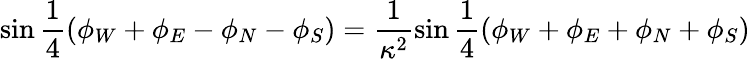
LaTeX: \sin{\frac{1}{4}(\phi_{W}+\phi_{E}-\phi_{N}-\phi_{S})}=\frac{1}{\kappa^{2}}\sin{\frac{1}{4}(\phi_{W}+\phi_{E}+\phi_{N}+\phi_{S})}